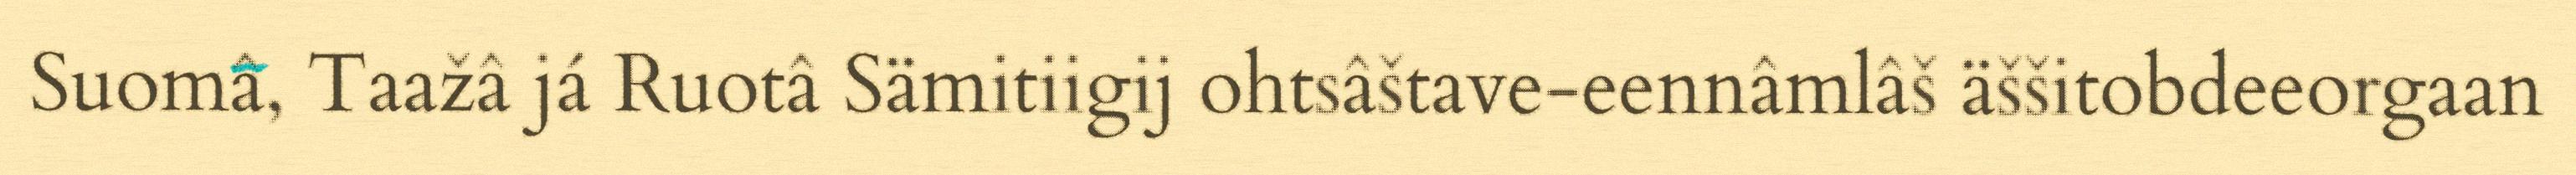
Suomâ, Taažâ já Ruotâ Sämitiigij ohtsâštave-eennâmlâš äššitobdeeorgaan